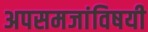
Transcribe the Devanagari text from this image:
अपसमजांविषयी